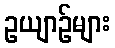
ဥယျာဉ်များ